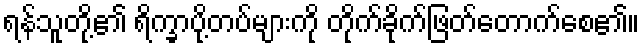
ရန်သူတို့၏ ရိက္ခာပို့တပ်များကို တိုက်ခိုက်ဖြတ်တောက်စေ၏။